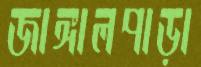
জাঙ্গালপাড়া